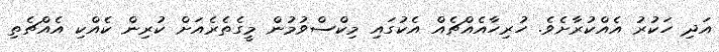
އަދި ހަކުރު އެއްކުރާށެވެ. ހުރިހާއެއްޗެއް އެކުގައި މިކްސްވުމުން މީގެތެރެއަށް ކުރިން ކެއްކި އެއްޗެތި